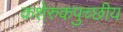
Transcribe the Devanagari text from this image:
कशेरुकपुच्छीय